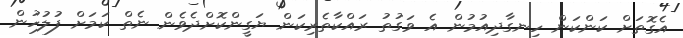
އެގޮތަށް ކަންކަން ހިނގާދިއުމުން އެ ވަގުތު ރައްކާތެރިކަން ޔަގީންކޮށްދެވެން ނެތް ކަމަށް ފުލުހުން